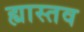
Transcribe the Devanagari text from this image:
ह्यास्तव